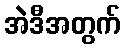
အဲဒီအတွက်